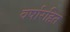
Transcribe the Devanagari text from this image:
वर्षारहित